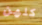
كلهن